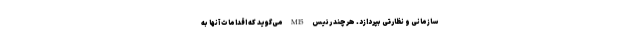
سازمانی و نظارتی بپردازد. هرچند رئیس MI5 می‌گوید که اقدامات آنها به